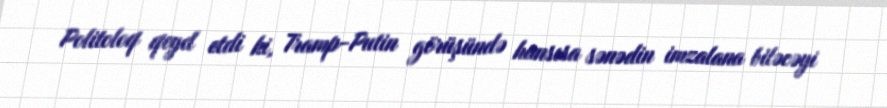
Politoloq qeyd etdi ki, Tramp-Putin görüşündə hansısa sənədin imzalana biləcəyi